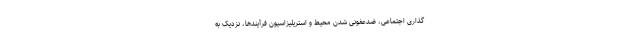
گذاری اجتماعی، ضدعفونی شدن محیط و استریلیزاسیون فرآیندها، نزدیک به